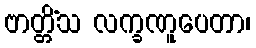
ဗာတ္တိံသ လက္ခဏူပေတာ၊